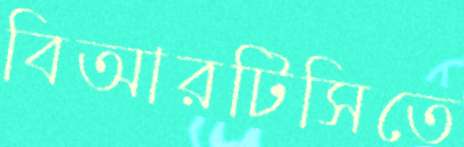
বিআরটিসিতে